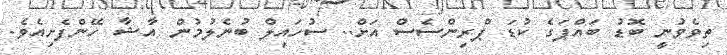
ތިވެވުނީ ބޮޑު ބައްޕަގެ ކުޑަ ޕްރިންސެސް އަށް.. ސުހައިލް ބުުނެލުމުން އާޝާ ހޭންފެށިއެވެ.